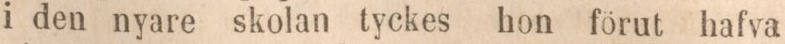
i den nyare skolan tyckes hon förut hafva